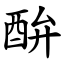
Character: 䣲